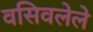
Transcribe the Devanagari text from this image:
वसिवलेले